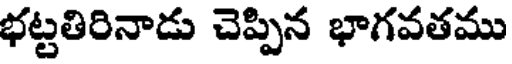
భట్టతిరినాడు చెప్పిన భాగవతము